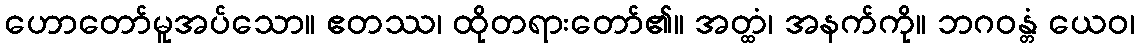
ဟောတော်မူအပ်သော။ ဧတဿ၊ ထိုတရားတော်၏။ အတ္ထံ၊ အနက်ကို။ ဘဂဝန္တံ ယေဝ၊